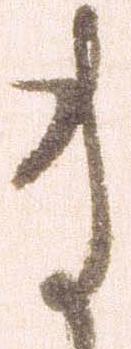
ま